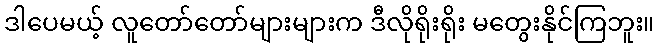
ဒါပေမယ့် လူတော်တော်များများက ဒီလိုရိုးရိုး မတွေးနိုင်ကြဘူး။